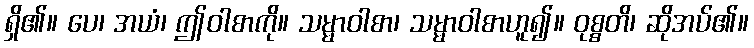
ရှိ၏။ ပေ၊ အယံ၊ ဤဝါစာကို။ သမ္မာဝါစာ၊ သမ္မာဝါစာဟူ၍။ ဝုစ္စတိ၊ ဆိုအပ်၏။